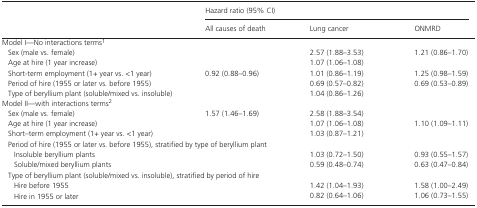
<table><thead><tr><td rowspan="2">[EMPTY_CELL]</td><td colspan="3"><b>Hazard ratio (95% CI)</b></td></tr><tr><td><b>All causes of death</b></td><td><b>Lung cancer</b></td><td><b>ONMRD</b></td></tr></thead><tbody><tr><td colspan="4">Model I—No interactions termsa</td></tr><tr><td>Sex (male vs. female)</td><td>[EMPTY_CELL]</td><td>2.57 (1.88–3.53)</td><td>1.21 (0.86–1.70)</td></tr><tr><td>Age at hire (1 year increase)</td><td>[EMPTY_CELL]</td><td>1.07 (1.06–1.08)</td><td>[EMPTY_CELL]</td></tr><tr><td>Short‐term employment (1+ year vs. &lt;1 year)</td><td>0.92 (0.88–0.96)</td><td>1.01 (0.86–1.19)</td><td>1.25 (0.98–1.59)</td></tr><tr><td>Period of hire (1955 or later vs. before 1955)</td><td>[EMPTY_CELL]</td><td>0.69 (0.57–0.82)</td><td>0.69 (0.53–0.89)</td></tr><tr><td>Type of beryllium plant (soluble/mixed vs. insoluble)</td><td>[EMPTY_CELL]</td><td>1.04 (0.86–1.26)</td><td>[EMPTY_CELL]</td></tr><tr><td colspan="4">Model II—with interactions termsb</td></tr><tr><td>Sex (male vs. female)</td><td>1.57 (1.46–1.69)</td><td>2.58 (1.88–3.54)</td><td>[EMPTY_CELL]</td></tr><tr><td>Age at hire (1 year increase)</td><td>[EMPTY_CELL]</td><td>1.07 (1.06–1.08)</td><td>1.10 (1.09–1.11)</td></tr><tr><td>Short–term employment (1+ year vs. &lt;1 year)</td><td>[EMPTY_CELL]</td><td>1.03 (0.87–1.21)</td><td>[EMPTY_CELL]</td></tr><tr><td colspan="4">Period of hire (1955 or later vs. before 1955), stratified by type of beryllium plant</td></tr><tr><td>Insoluble beryllium plants</td><td>[EMPTY_CELL]</td><td>1.03 (0.72–1.50)</td><td>0.93 (0.55–1.57)</td></tr><tr><td>Soluble/mixed beryllium plants</td><td>[EMPTY_CELL]</td><td>0.59 (0.48–0.74)</td><td>0.63 (0.47–0.84)</td></tr><tr><td colspan="4">Type of beryllium plant (soluble/mixed vs. insoluble), stratified by period of hire</td></tr><tr><td>Hire before 1955</td><td>[EMPTY_CELL]</td><td>1.42 (1.04–1.93)</td><td>1.58 (1.00–2.49)</td></tr><tr><td>Hire in 1955 or later</td><td>[EMPTY_CELL]</td><td>0.82 (0.64–1.06)</td><td>1.06 (0.73–1.55)</td></tr></tbody></table>